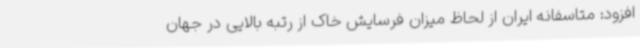
افزود: متاسفانه ایران از لحاظ میزان فرسایش خاک از رتبه بالایی در جهان